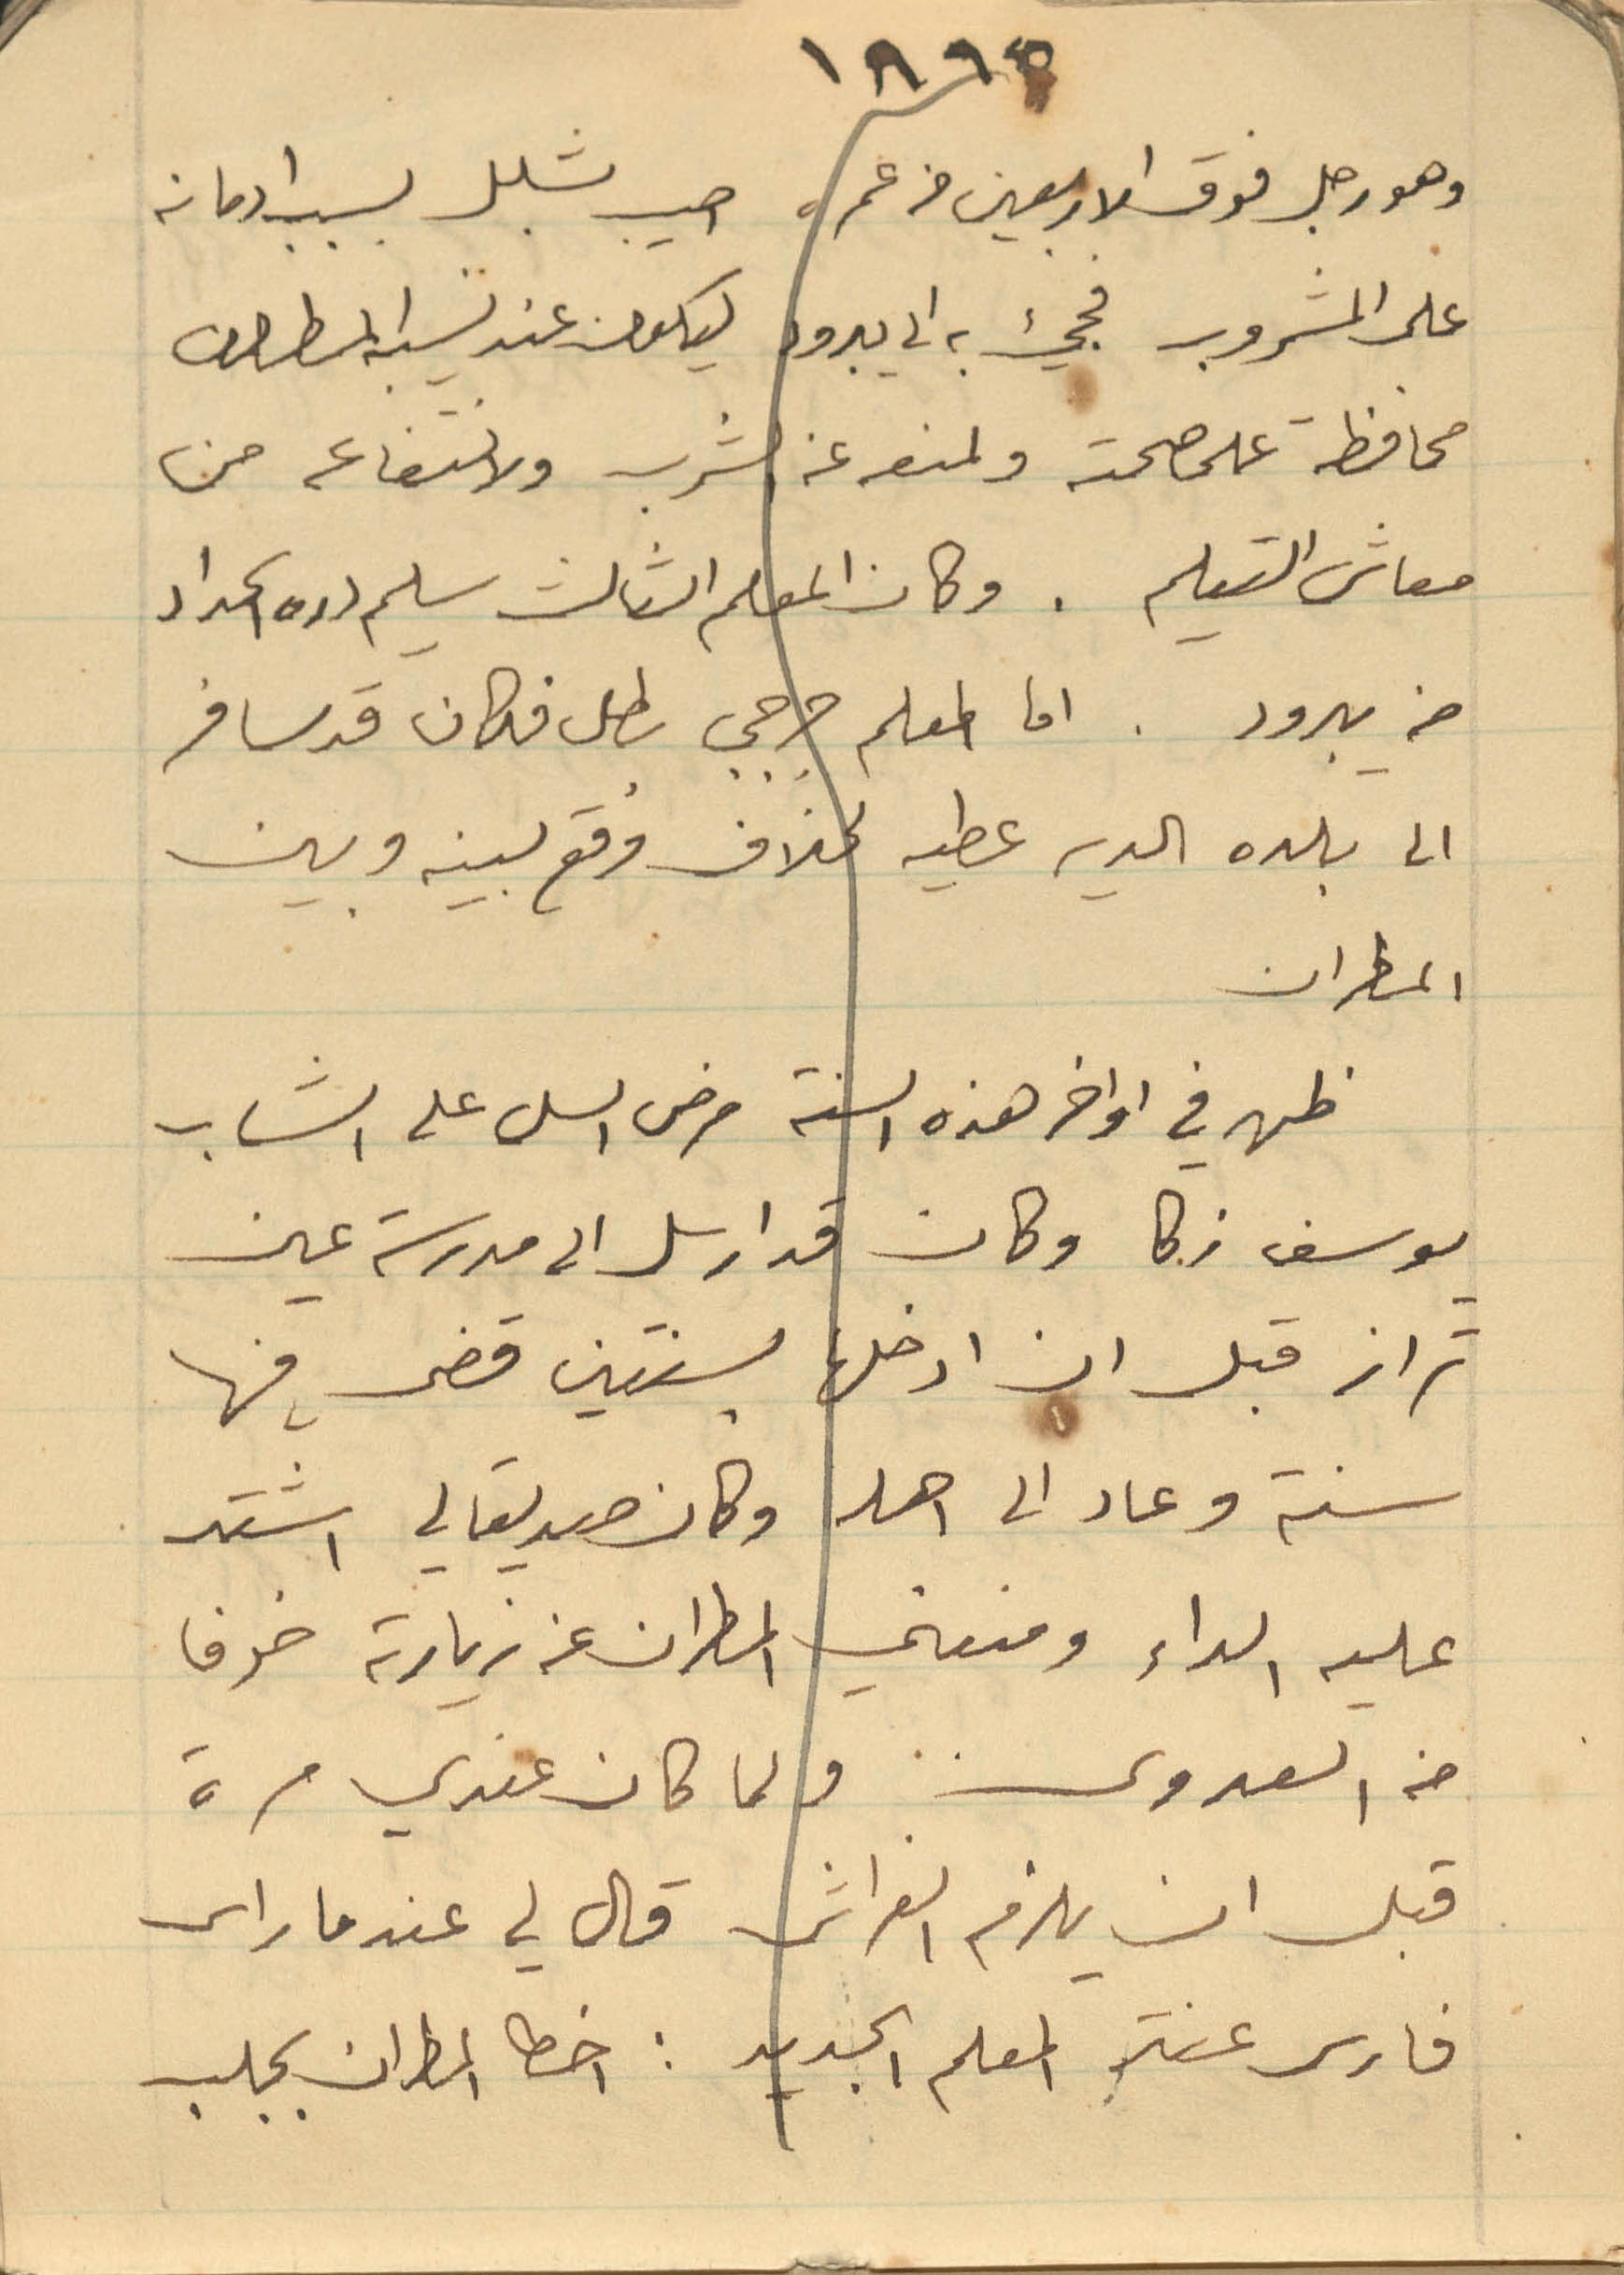
1895
وهو رجل فوق الاربعين من عمره اصيب بشلل بسبب ادمانه
على المشروب فجي به الى يبرود ليكون عند نسيبه المطران
محافظة على صحته ولمنعه عن الشرب ولانتفاعه من
معاش التعليم. وكان المعلم الثالث سليم دره الحداد
من يبرود. اما المعلم جرجي بطل فكان قد سافر
الى بلده الدير عطيه لخلاف وقع بينه وبين
المطران
ظهر في اواخر هذه السنة مرض السل على الشاب
يوسف زكا وكان قد ارسل الى مدرسة عين
سنة وعاد الى اهله وكان صديقا لي اشتد
عليه الداء ومنعني المطران عن زيارته خوفا
من العدوى ولما كان عندي مرة
قبل ان يلزم الفراش قال لي عندما راى
فارس عنتر المعلم الجديد: اخطا المطران بجلب
تراز قبل ان ادخلها بسنتين قضى فيها